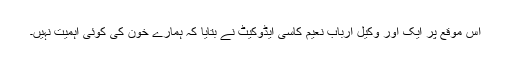
اس موقع پر ایک اور وکیل ارباب نعیم کاسی ایڈوکیٹ نے بتایا کہ ہمارے خون کی کوئی اہمیت نہیں۔